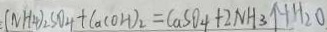
( N H _ { 4 } ) _ { 2 } S O _ { 4 } + C a ( O H ) _ { 2 } = C a S O _ { 4 } + 2 N H _ { 3 } \uparrow + H _ { 2 } O